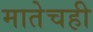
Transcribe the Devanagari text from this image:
मातेचही